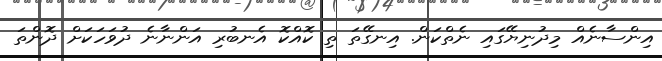
އިންސާނެއް މިދުނިޔޭގައި ނެތްކަން. އިނގޭތަ ތި ކޮއްކޮ އެނބުރި އަންނާނެ ދުވަހަކަށް ދޮންތަ